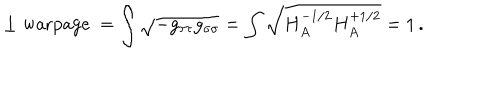
\perp \mathrm { w a r p a g e \ } = \int \sqrt { - g _ { \tau \tau } g _ { \sigma \sigma } } = \int \sqrt { H _ { A } ^ { - 1 / 2 } H _ { A } ^ { + 1 / 2 } } = 1 \, .